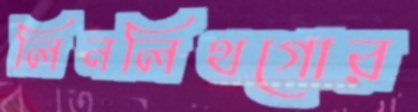
লিনলিথগোর